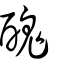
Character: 醜